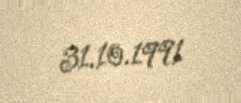
31.10.1991